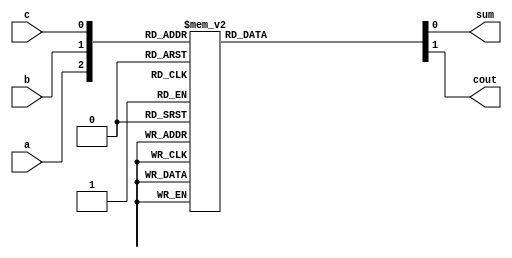
module fulladderbehavioral(a,b,c,sum,cout);
input a,b,c;
output reg sum,cout;
always @(*)
      
      case({a,b,c})
      3'b000: begin  sum=0;cout=0; end
      3'b001: begin  sum=1;cout=0; end
      3'b010: begin  sum=1;cout=0; end
      3'b011: begin  sum=0;cout=1; end
      3'b100: begin  sum=1;cout=0; end
      3'b101: begin  sum=0;cout=1; end
      3'b110: begin  sum=0;cout=1; end
      3'b111: begin  sum=1;cout=1; end
      default: begin  sum=0;cout=0; end
      endcase
endmodule